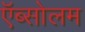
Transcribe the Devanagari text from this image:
ऍब्सोलम